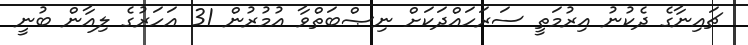
ޗައިނާގެ ދެކުުނު އިރުމަތީ ސަރަހައްދަކަށް ނިޞްބަތްވާ އުމުރުން 31 އަހަރުގެ ލިއާން ބުނީ